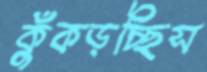
কুঁকড়চ্ছিস